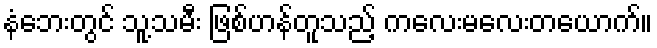
နံဘေးတွင် သူ့သမီး ဖြစ်ဟန်တူသည့် ကလေးမလေးတယောက်။